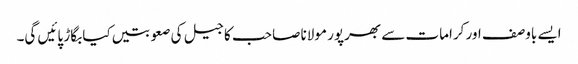
ایسے باوصف اور کرامات سے بھرپور مولانا صاحب کا جیل کی صعوبتیں کیا بگاڑ پائیں گی۔